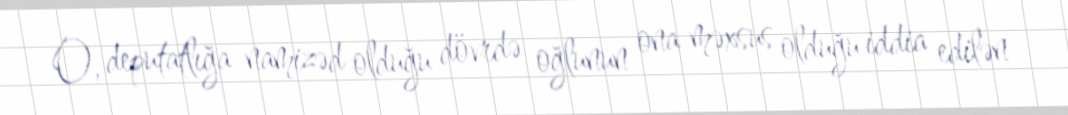
O, deputatlığa namizəd olduğu dövrdə oğlunun ona məxsus olduğu iddia edilən